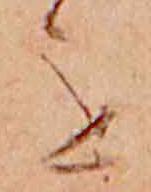
を